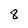
Character: 8